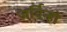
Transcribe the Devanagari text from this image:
जर्विन्हो